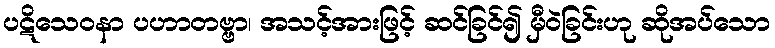
ပဋိသေဝနာ ပဟာတဗ္ဗာ၊ အသင့်အားဖြင့် ဆင်ခြင်၍ မှီဝဲခြင်းဟု ဆိုအပ်သော